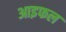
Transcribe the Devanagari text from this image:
आइफल